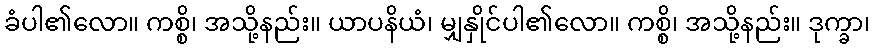
ခံပါ၏လော။ ကစ္စိ၊ အသို့နည်း။ ယာပနိယံ၊ မျှနှိုင်ပါ၏လော။ ကစ္စိ၊ အသို့နည်း။ ဒုက္ခာ၊